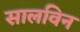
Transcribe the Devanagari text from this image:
सालविन